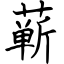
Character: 蕲